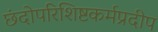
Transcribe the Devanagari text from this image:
छंदोपरिशिष्टकर्मप्रदीप